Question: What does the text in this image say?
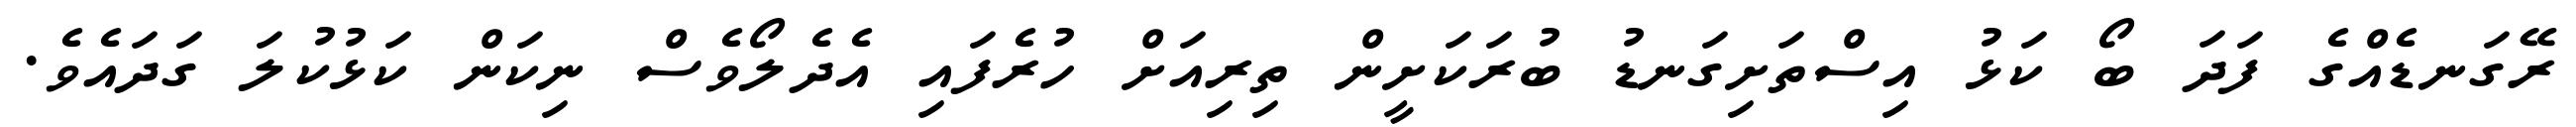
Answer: ރޭގަނޑެއްގެ ފަދަ ބޯ ކަޅު އިސްތަށިގަނޑު ބުރަކަށީން ތިރިއަށް ހުރެފައި އެދެލޯވެސް ނިކަން ކަޅުކުލަ ގަދައެވެ.